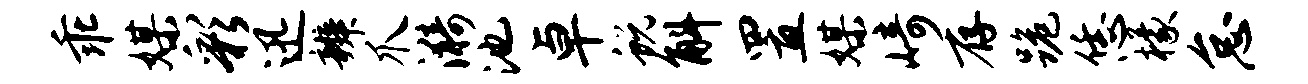
乖媒彩迅辨爪漪池卓蜕斛置媒崎存跪恁檬怠